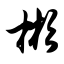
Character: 彬